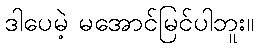
ဒါပေမဲ့ မအောင်မြင်ပါဘူး။